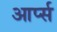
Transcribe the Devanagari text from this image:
आर्प्स